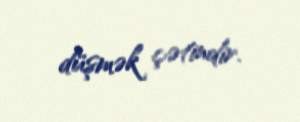
düşmək çətindir.